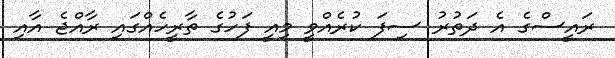
ރައީސްގެ އެ ދަތުރު ސިފަ ކުރެއްވީ މިއީ ފަހުގެ ތާރީހެއްގައި ރާއްޖެ އާއި